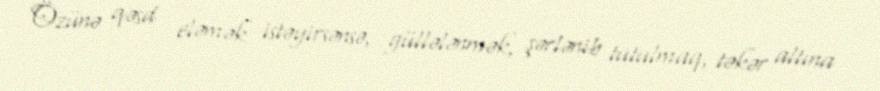
Özünə qəsd eləmək istəyirsənsə, güllələnmək, şərlənib tutulmaq, təkər altına